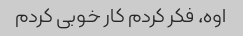
اوه، فکر کردم کار خوبی کردم